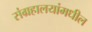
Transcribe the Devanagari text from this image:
संग्रहालयांमधील